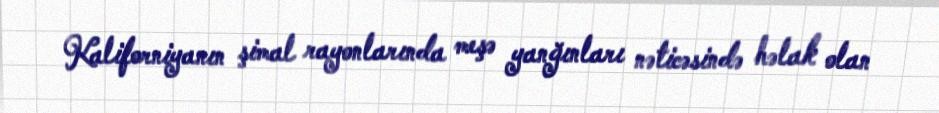
Kaliforniyanın şimal rayonlarında meşə yanğınları nəticəsində həlak olan